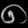
Digit: ၈